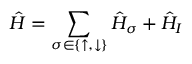
\hat { H } = \sum _ { \sigma \in \{ \uparrow , \downarrow \} } \hat { H } _ { \sigma } + \hat { H } _ { I }